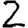
Digit: 2